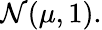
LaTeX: \mathcal{N}(\mu,1).